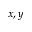
x , y